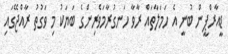
ޑީއާރްޕީން ބުނީ އެ ހަމަލާތައް ރާވާ ހަނގުރާމަވެރިންގެ ބަޔަކު މި ވަގުތު ރާއްޖޭގައި